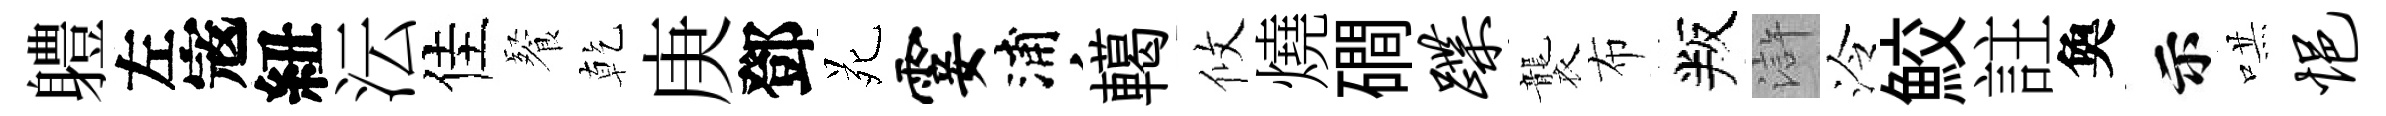
軆左𡨥紐沄佳餐乾庚鄧苑霎浦轕攸燒磵蹀襲布叛滸泠鮫註奐示哄悒